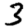
Digit: 3